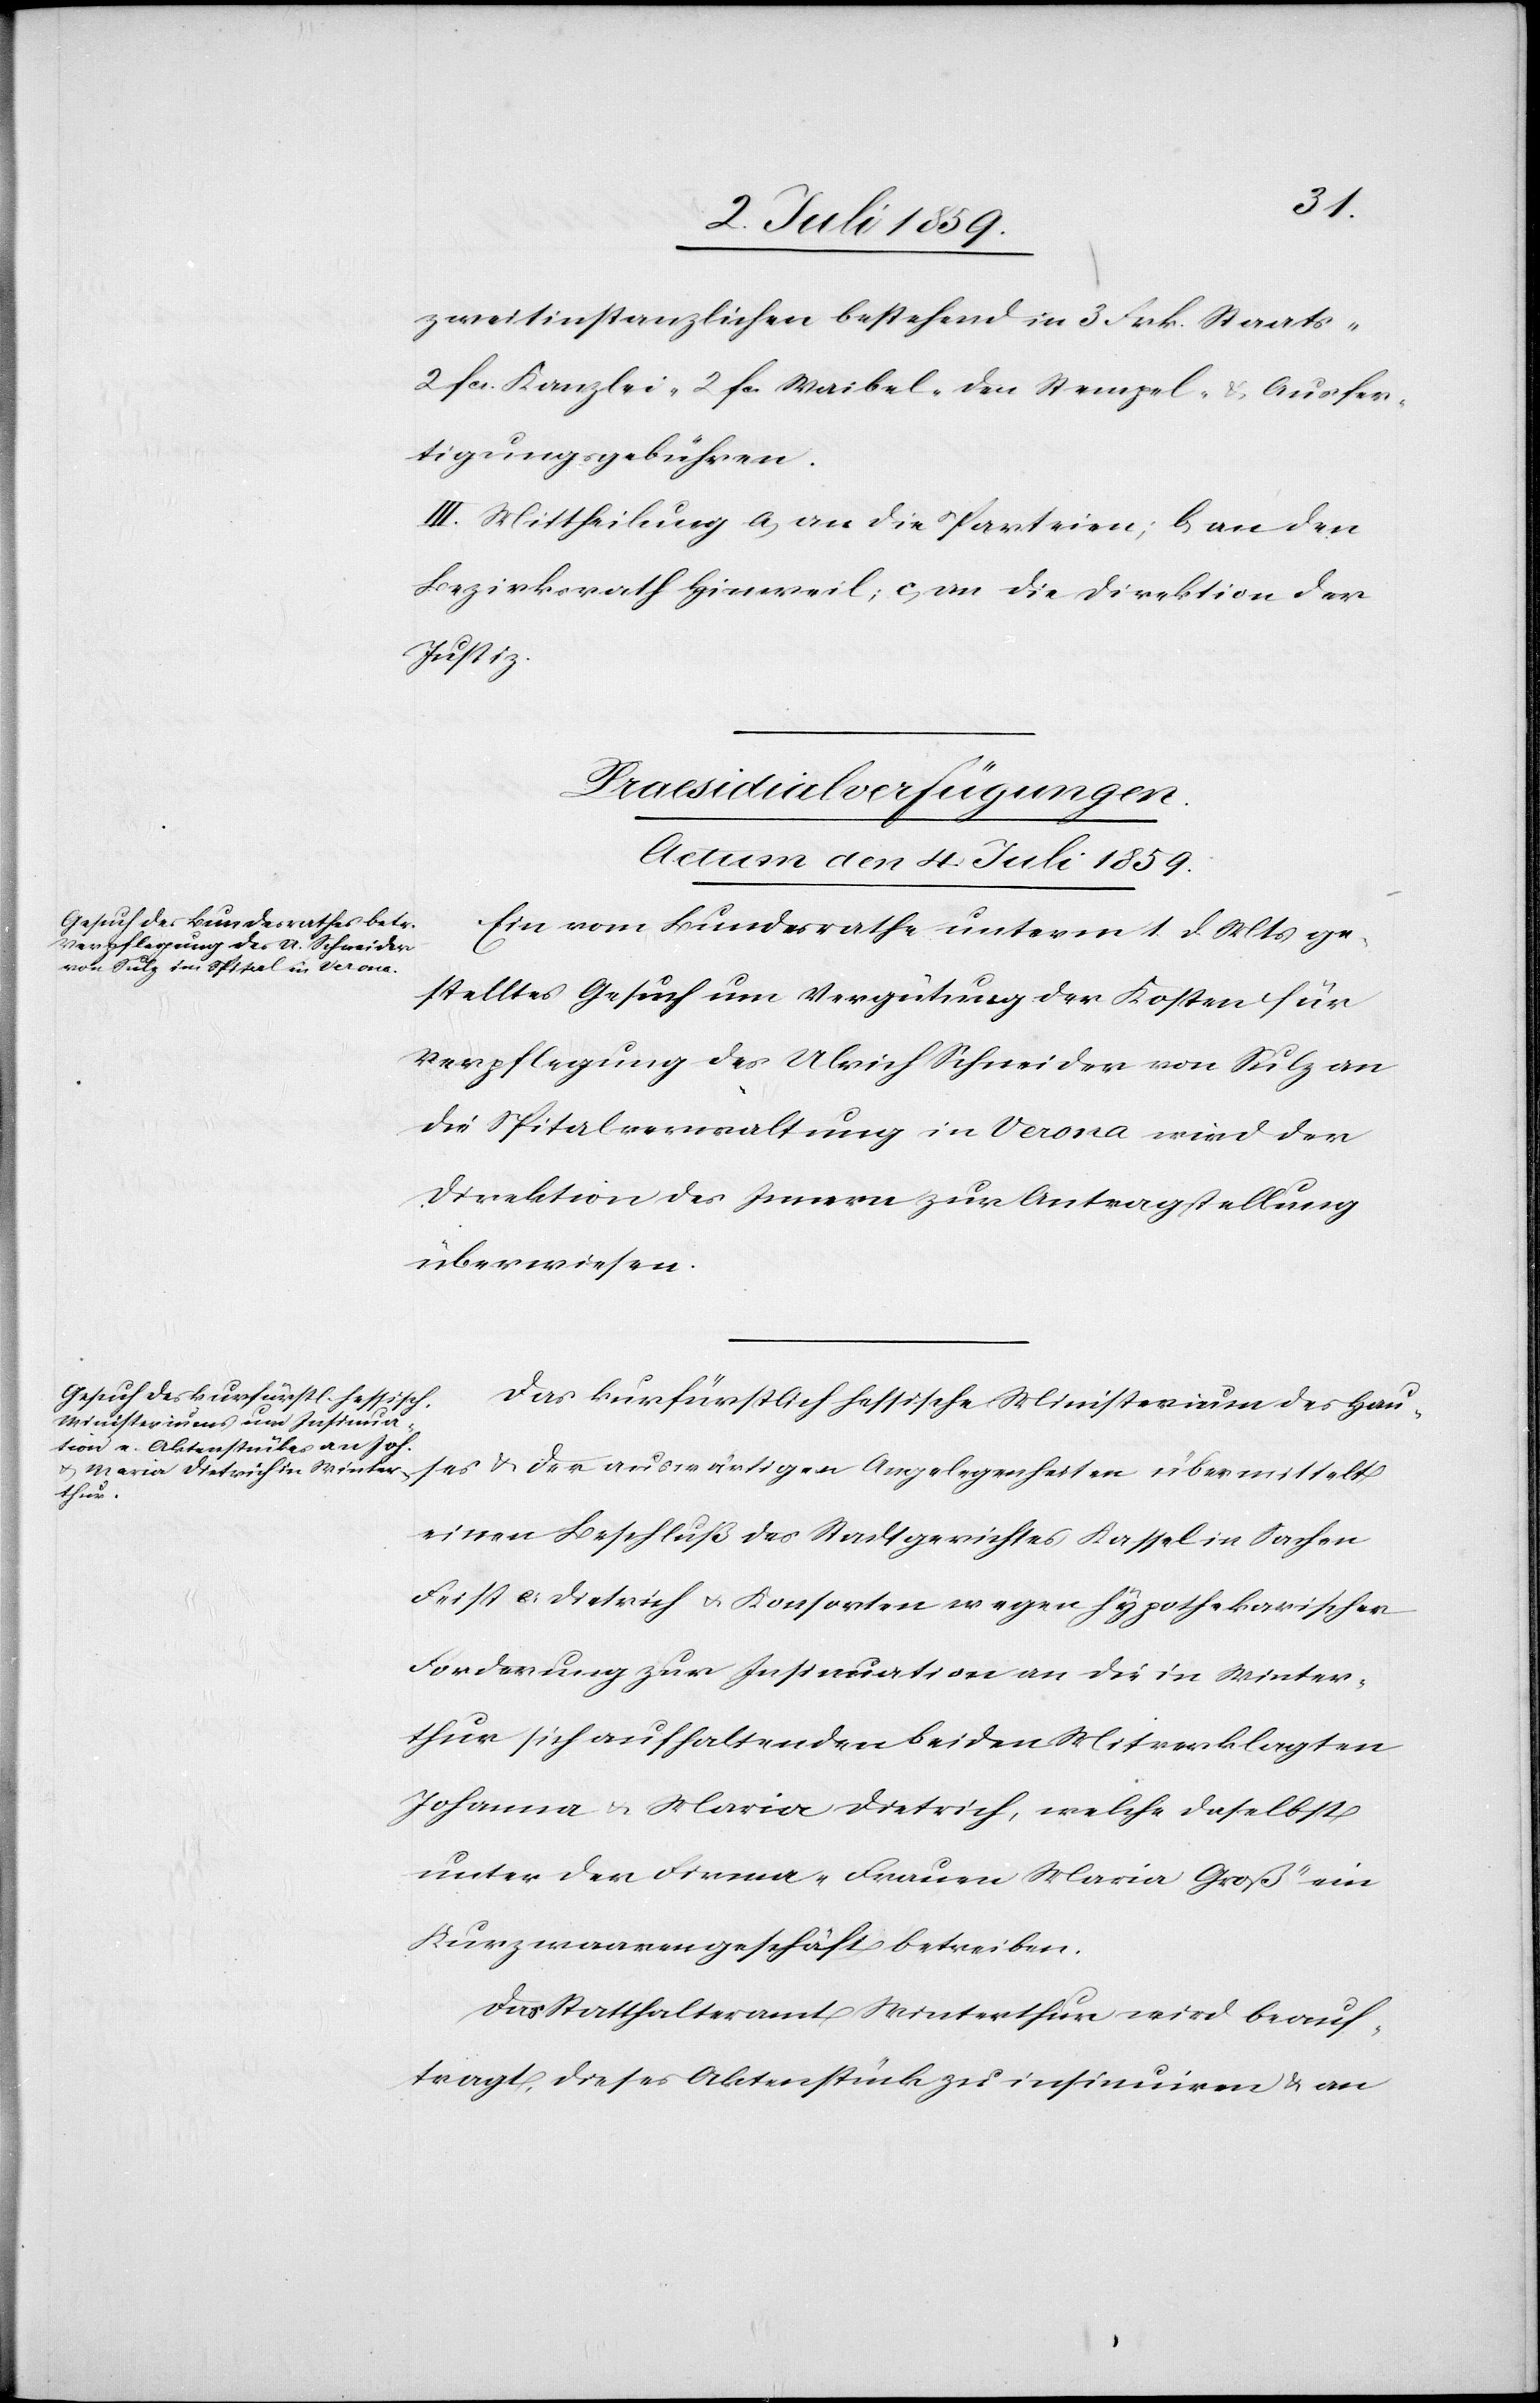
zweitinstanzlichen bestehend in 3 Frk. Staats-
2 fcs. Kanzlei- 2 fcs. Waibel- den Stempel- u. Ausfer¬
tigungsgebühren.
III. Mittheilung a) an die Parteien; b) an den
Bezirksrath Hinweil; c) an die Direktion der
Justiz.
[Praesidialverfügungen.
Actum den 4. Juli 1859.]
Ein vom Bundesrathe unterm 1. d. Mts. ge¬
stelltes Gesuch um Vergütung der Kosten für
Verpflegung des Ulrich Schneider von Sulz an
die Spitalverwaltung in Verona wird der
Direktion des Innern zur Antragstellung
überwiesen.
Das kurfürstlich hessische Ministerium des Hau¬
ses u. der auswärtigen Angelegenheiten übermittelt
einen Beschluß des Stadtgerichtes Kassel in Sachen
Feist c: Dietrich u. Konsorten wegen hypothekarischer
Forderung zur Insinuation an die in Winter¬
thur sich aufhaltenden beiden Mitverklagten
Johanna u. Maria Dietrich, welche daselbst
unter der Firma „Frauen Maria Groß“ ein
Kurzwaarengeschäft betreiben.
Das Statthalteramt Winterthur wird beauf¬
tragt, dieses Aktenstück zu insinuiren u. an